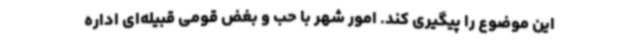
این موضوع را پیگیری کند. امور شهر با حب و بغض قومی قبیله‌ای اداره